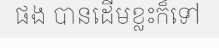
ផង បានដើមខ្លះក៏ទៅ